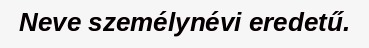
Neve személynévi eredetű.